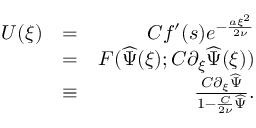
\begin{array} { r l r } { U ( \xi ) } & { = } & { C f ^ { \prime } ( s ) e ^ { - \frac { a \xi ^ { 2 } } { 2 \nu } } } \\ & { = } & { F ( \widehat { \Psi } ( \xi ) ; C \partial _ { \xi } \widehat { \Psi } ( \xi ) ) } \\ & { \equiv } & { \frac { C \partial _ { \xi } \widehat { \Psi } } { 1 - \frac { C } { 2 \nu } \widehat { \Psi } } . } \end{array}